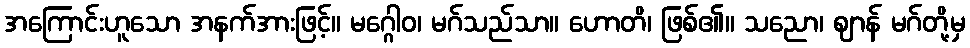
အကြောင်းဟူသော အနက်အားဖြင့်။ မဂ္ဂေါဝ၊ မဂ်သည်သာ။ ဟောတိ၊ ဖြစ်၏။ သညော၊ ဈာန် မဂ်တို့မှ